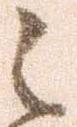
之